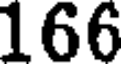
166